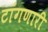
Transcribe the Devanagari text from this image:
टांगणारी